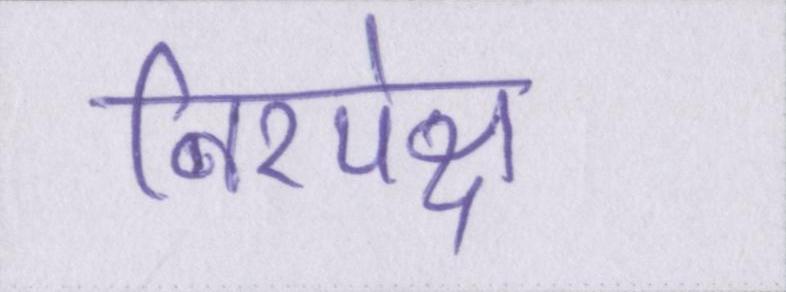
निरपेक्ष